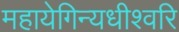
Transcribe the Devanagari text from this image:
महायेगिन्यधीश्वरि